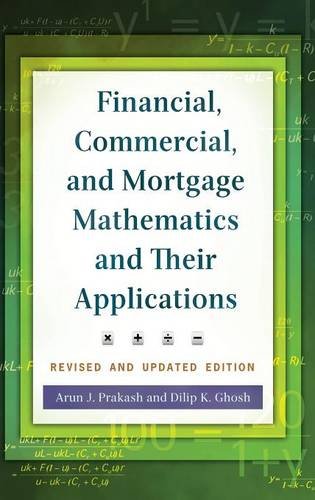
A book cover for Financial, Commercial, and Mortgage Mathematics and Their Applications, 2nd Edition; Arun J. Prakash; Business & Money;